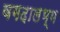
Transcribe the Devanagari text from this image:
बगदालभ्य